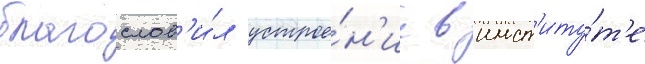
благослов'и́л устрое́н'ие в инст'иту́т'е